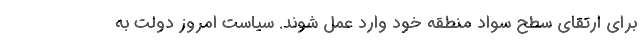
برای ارتقای سطح سواد منطقه خود وارد عمل شوند. سیاست امروز دولت به